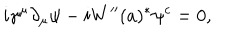
LaTeX: i \gamma ^ { \mu } \partial _ { \mu } \psi - i W ^ { \prime \prime } ( a ) ^ { \ast } \psi ^ { c } = 0 ,